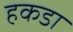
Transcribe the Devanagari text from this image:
हकडा